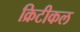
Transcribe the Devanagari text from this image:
क्रिटीकल